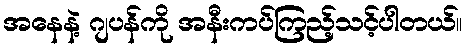
အနေနဲ့ ဂျပန်ကို အနီးကပ်ကြည့်သင့်ပါတယ်။